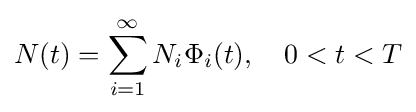
N(t)=\sum _{i=1}^{\infty }N_{i}\Phi _{i}(t),\quad 0<t<T